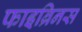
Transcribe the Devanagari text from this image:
फाइब्रिनस